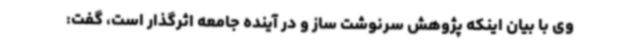
وی با بیان اینکه پژوهش سرنوشت ساز و در آینده جامعه اثرگذار است، گفت: